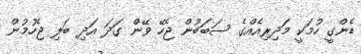
ޑެންގީ ހުމަކީ މަދިރިއެއްގެ ސަބަބުން ޖެހޭ ވޭން ގަދަ އަދި ބަލި ޖެހުމުން